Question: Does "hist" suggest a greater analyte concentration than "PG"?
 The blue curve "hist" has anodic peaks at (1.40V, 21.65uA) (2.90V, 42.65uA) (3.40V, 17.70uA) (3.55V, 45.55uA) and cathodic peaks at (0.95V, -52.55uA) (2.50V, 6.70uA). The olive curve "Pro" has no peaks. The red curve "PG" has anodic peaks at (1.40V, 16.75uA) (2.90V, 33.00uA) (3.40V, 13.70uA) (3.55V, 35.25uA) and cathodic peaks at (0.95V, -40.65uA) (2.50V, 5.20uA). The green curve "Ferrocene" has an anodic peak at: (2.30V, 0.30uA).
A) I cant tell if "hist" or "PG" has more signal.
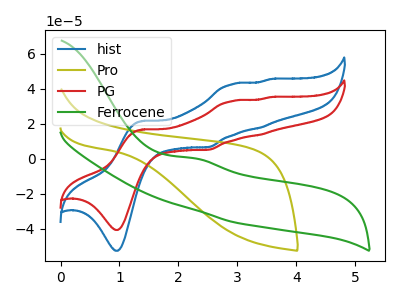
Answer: <think>All the peaks in "hist" have a peak in "PG" at the same potential.
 </think>
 <answer>A) I cant tell if "hist" or "PG" has more signal.</answer>
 <eval>A</eval>